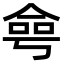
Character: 𠋒